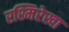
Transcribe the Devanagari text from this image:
रश्मिरेखा